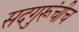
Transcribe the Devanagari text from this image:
सदगुरूंचीच